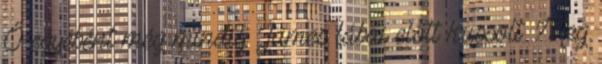
Ő egyébént még mindig James lábai előtt kussolt. Meg